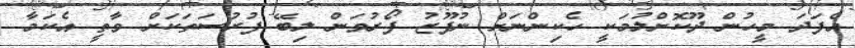
އެފަދަ މީހުން ދޫކޮށްލުމަކީ ހެކިންނަށް ނުފޫޒު ފޯރުވަން ލިބޭ ފުރުސަތަކަށް ވާތީ އެކަމާ